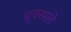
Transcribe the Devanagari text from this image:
ब्रूक्सले